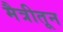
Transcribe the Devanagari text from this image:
मैत्रीतून